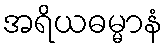
အရိယဓမ္မာနံ